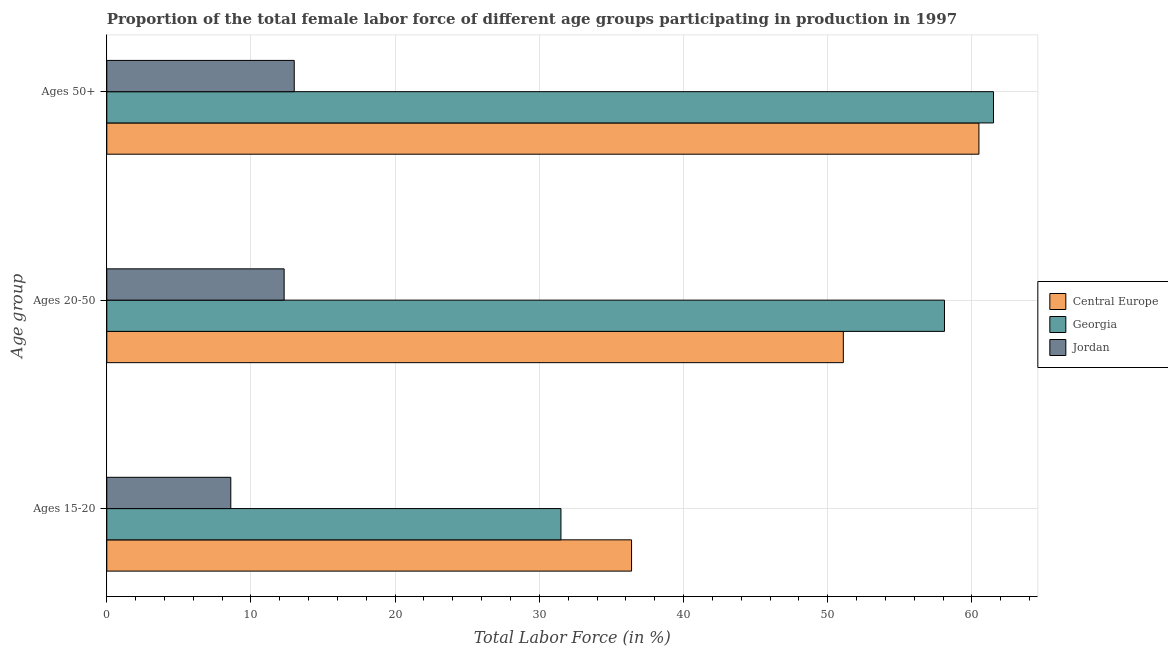
| Age group | Central Europe | Georgia | Jordan |
 | --- | --- | --- | --- |
 | Ages 15-20 | 36.4 | 31.5 | 8.6 |
 | Ages 20-50 | 51.1 | 58.1 | 12.3 |
 | Ages 50+ | 60.5 | 61.5 | 13 |